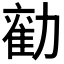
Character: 𭅃